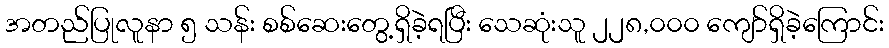
အတည်ပြုလူနာ ၅ သန်း စစ်ဆေးတွေ့ရှိခဲ့ရပြီး သေဆုံးသူ ၂၂၈,၀၀၀ ကျော်ရှိခဲ့ကြောင်း